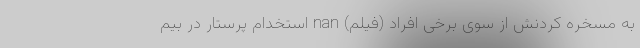
به مسخره کردنش از سوی برخی افراد (فیلم) nan استخدام پرستار در بیم